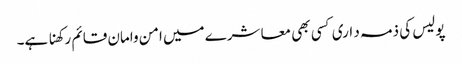
پولیس کی ذمہ د اری کسی بھی معا شرے میں امن وامان قائم رکھنا ہے۔